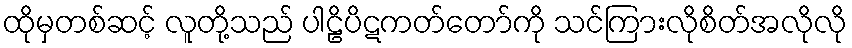
ထိုမှတစ်ဆင့် လူတို့သည် ပါဠိပိဋကတ်တော်ကို သင်ကြားလိုစိတ်အလိုလို